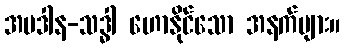
အပဒါန-သဒ္ဓါ ဟောနိုင်သော အနက်များ။